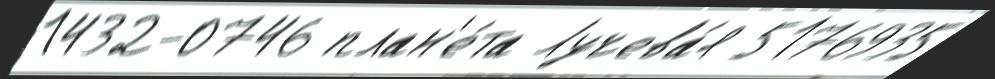
1432-0746 план'е́та Лучева́я 5176935